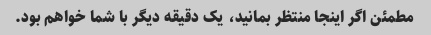
مطمئن اگر اینجا منتظر بمانید، یک دقیقه دیگر با شما خواهم بود.